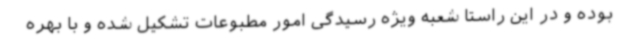
بوده و در این راستا شعبه ویژه رسیدگی امور مطبوعات تشکیل شده و با بهره